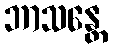
ဘာသန္တေ